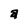
Character: a